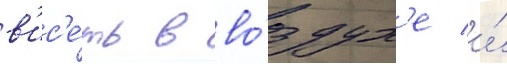
в'ис'е́ть в во́здух'е и́